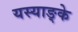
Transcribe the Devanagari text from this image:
यस्याङ्के